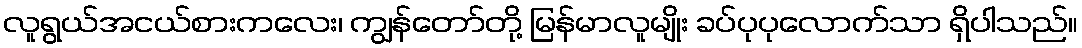
လူရွယ်အငယ်စားကလေး၊ ကျွန်တော်တို့ မြန်မာလူမျိုး ခပ်ပုပုလောက်သာ ရှိပါသည်။